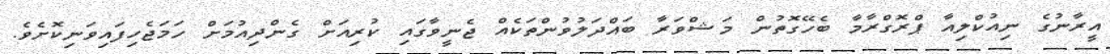
އީރާނުގެ ނިއުކްލިއާ ޕްރޮގްރާމާ ބެހޭގޮތުން މަޝްވަރާ ބައްދަލުވުންތަކެއް ޖެނީވާގައި ކުރިއަށް ގެންދިއުމަށް ހަމަޖެހިފައިވަނިކޮށެވެ.